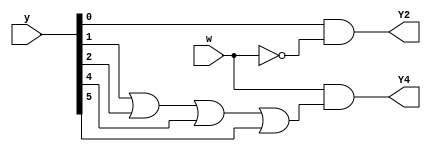
/*For this part, assume that a one-hot code is used with the state assignment 'y[6:1] = 000001, 000010, 000100, 001000, 010000, 100000 for states A, B,..., F, respectively.

Write a logic expression for the next-state signals Y2 and Y4. (Derive the logic equations by inspection assuming a one-hot encoding. The testbench will test with non-one hot inputs to make sure you're not trying to do something more complicated).*/
module top_module (
    input [6:1] y,
    input w,
    output Y2,
    output Y4);

    assign Y2 = y[1]&&(~w);
    assign Y4  = w&&(y[2] || y[3] || y[5] || y[6]);
endmodule